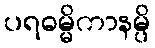
ပရဓမ္မိကာနမ္ပိ